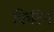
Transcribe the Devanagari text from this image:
किटिन